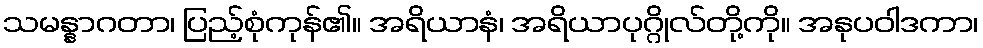
သမန္နာဂတာ၊ ပြည့်စုံကုန်၏။ အရိယာနံ၊ အရိယာပုဂ္ဂိုလ်တို့ကို။ အနုပဝါဒကာ၊